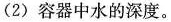
(2) 容器中水的深度。